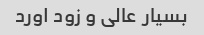
بسیار عالی و زود اورد